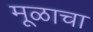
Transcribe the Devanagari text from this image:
मूळाचा